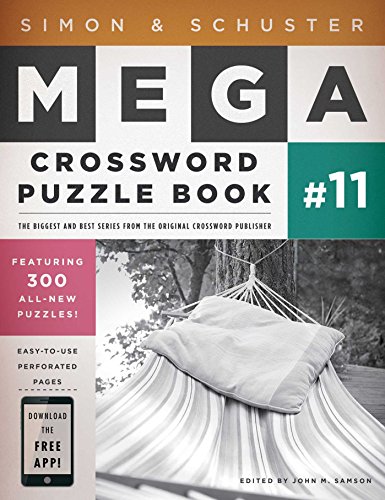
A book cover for Simon & Schuster Mega Crossword Puzzle Book #11; Humor & Entertainment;